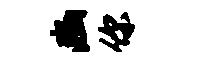
豳你